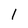
Character: 1